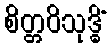
စိတ္တဝိသုဒ္ဓိံ